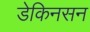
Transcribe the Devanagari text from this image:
डेकिनसन